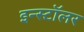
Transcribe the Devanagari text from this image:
इन्स्टॉलर